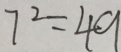
7 ^ { 2 } = 4 9